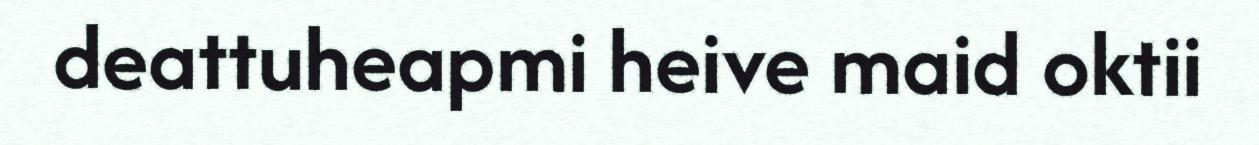
deattuheapmi heive maid oktii